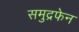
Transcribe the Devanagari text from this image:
समुद्रफेन